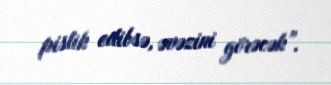
pislik edibsə, əvəzini görəcək”.